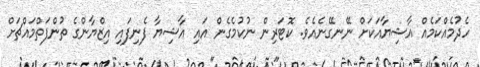
ހެދުމެއްކަމެއް އާޝިޔާއަކަށް ނޭނގޭނެއެވެ. ކޮޓަރިން ނުކުމެގެން އައި އާޝިޔާ ފެނިފައި އިޒްޔާންގެ ތުންފަތްމައްޗަށް